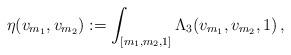
LaTeX: \begin{align*}\eta(v_{m_1}, v_{m_2}) := \int_{[m_1, m_2, 1]} \Lambda_3(v_{m_1}, v_{m_2}, 1) \, , \end{align*}